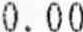
0.00